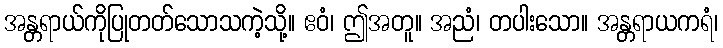
အန္တရာယ်ကိုပြုတတ်သောသကဲ့သို့။ ဧဝံ၊ ဤအတူ။ အညံ၊ တပါးသော။ အန္တရာယကရံ၊